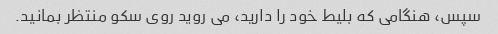
سپس، هنگامی که بلیط خود را دارید، می روید روی سکو منتظر بمانید.